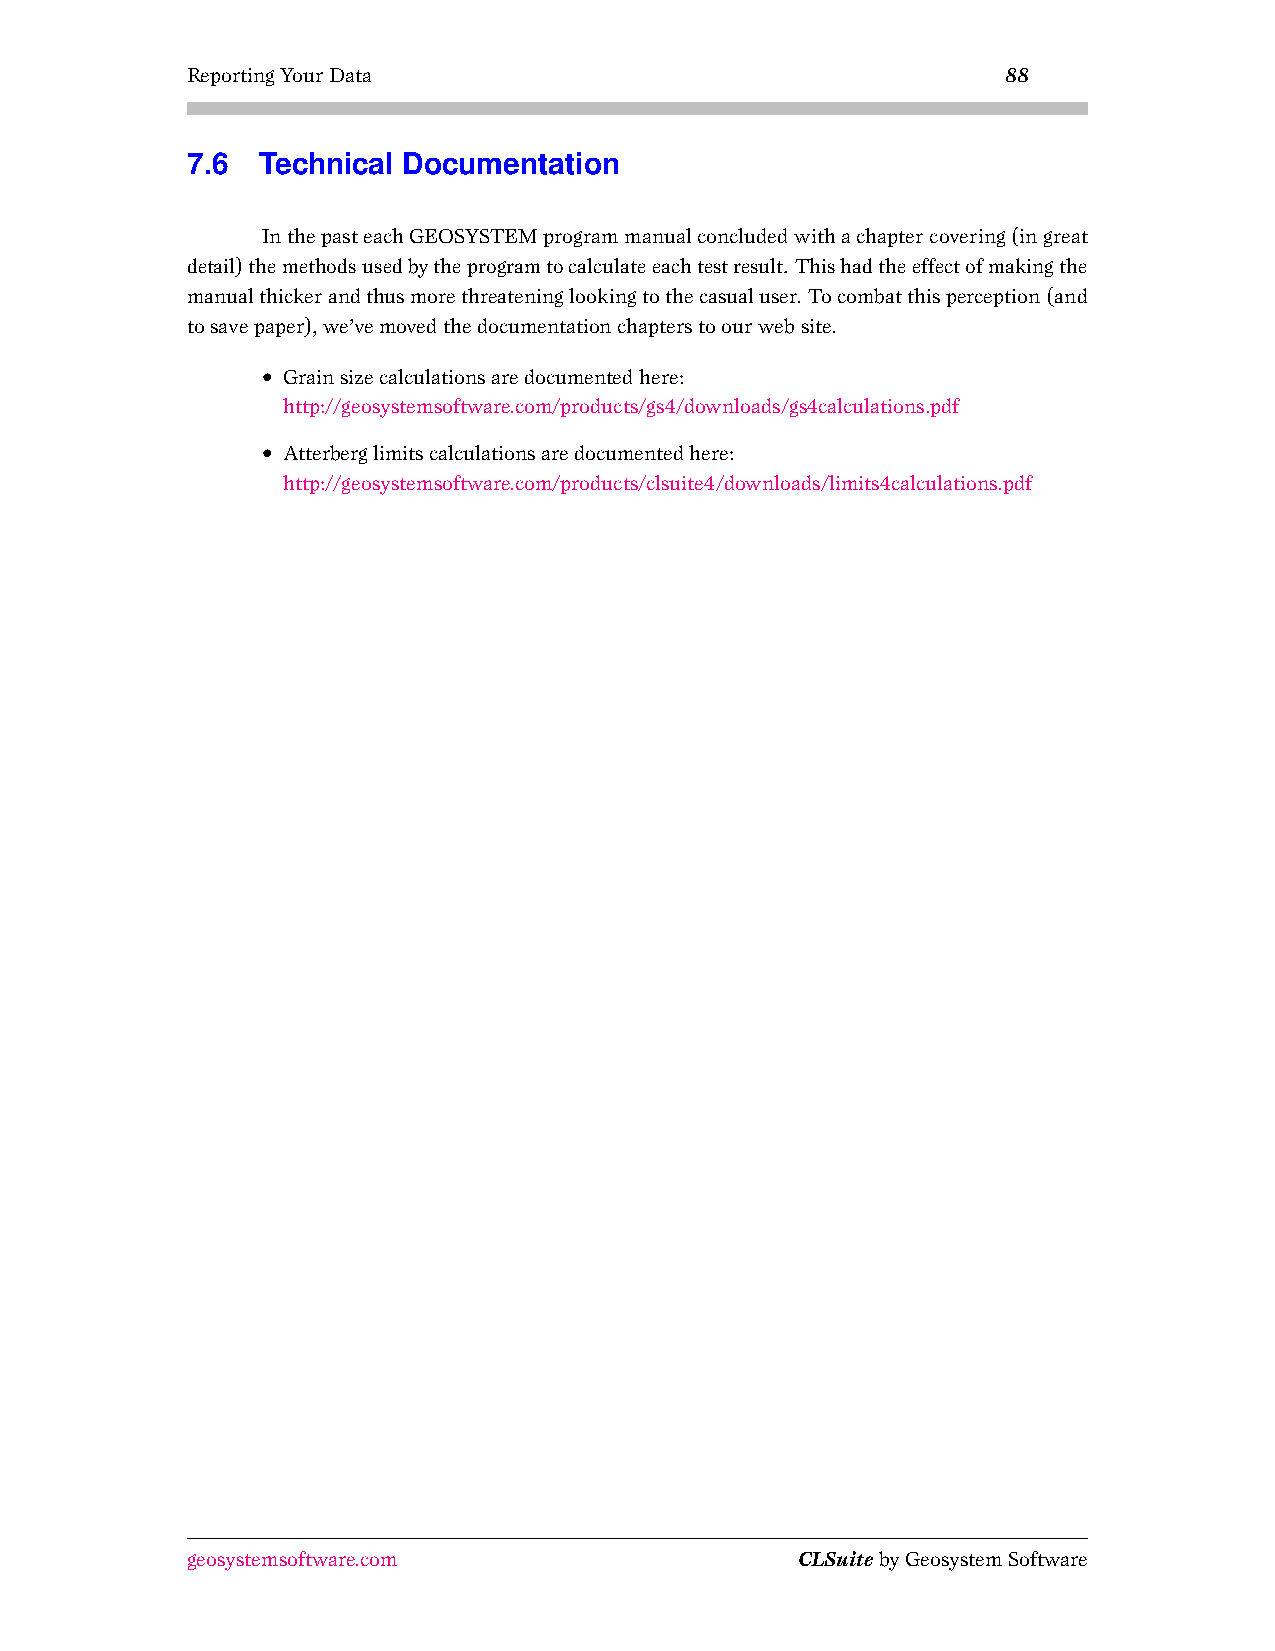
ReportingYourData                                      88
 7.6  Technical Documentation
 InthepasteachGEOSYSTEMprogrammanualconcludedwithachaptercovering(ingreat
 detail)themethodsusedbytheprogramtocalculateeachtestresult. Thishadtheeffectofmakingthe
 manualthickerandthusmorethreateninglookingtothecasualuser. Tocombatthisperception(and
 tosavepaper),we’vemovedthedocumentationchapterstoourwebsite.
 • Grainsizecalculationsaredocumentedhere:
 http://geosystemsoftware.com/products/gs4/downloads/gs4calculations.pdf
 • Atterberglimitscalculationsaredocumentedhere:
 http://geosystemsoftware.com/products/clsuite4/downloads/limits4calculations.pdf
 geosystemsoftware.com                    CLSuitebyGeosystemSoftware